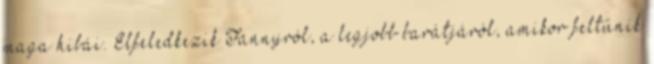
maga hibái. Elfeledkezik Fannyról, a legjobb barátjáról, amikor feltűnik